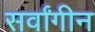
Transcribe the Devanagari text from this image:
सर्वांगीन